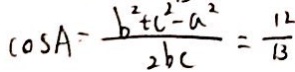
\cos A - \frac { b ^ { 2 } + c ^ { 2 } - a ^ { 2 } } { 2 b c } = \frac { 1 2 } { 1 3 }